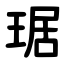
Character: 琚